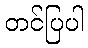
တင်ပြပါ